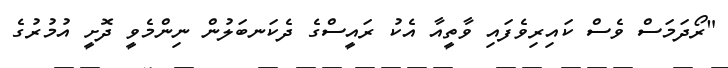
"ރޯދަމަސް ވެސް ކައިރިވެފައި ވާތީއާ އެކު ރައީސްގެ ދެކަނބަލުން ނިންމެވީ ދޮށީ އުމުރުގެ